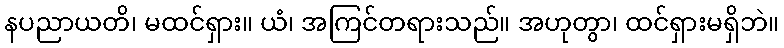
နပညာယတိ၊ မထင်ရှား။ ယံ၊ အကြင်တရားသည်။ အဟုတွာ၊ ထင်ရှားမရှိဘဲ။